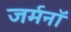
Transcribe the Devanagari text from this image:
जर्मनॉ